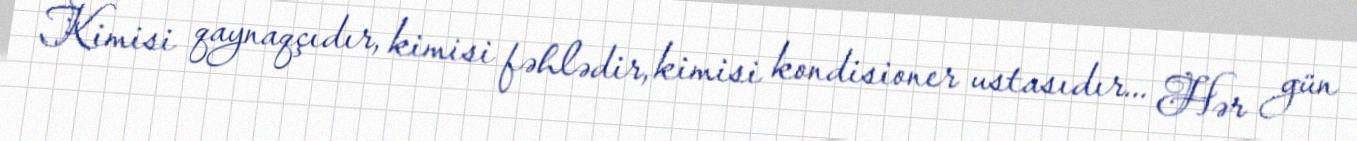
Kimisi qaynaqçıdır, kimisi fəhlədir, kimisi kondisioner ustasıdır... Hər gün